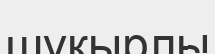
шұқырлы